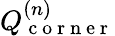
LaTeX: Q_{\mathrm{~c~o~r~n~e~r~}}^{(n)}